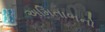
અમિતાભનો